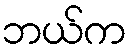
ဘယ်က